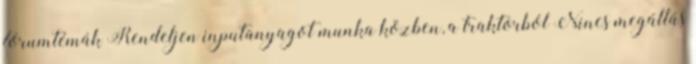
fórumtémák Rendeljen inputanyagot munka közben, a traktorból Nincs megállás